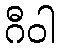
ဂီဝါ